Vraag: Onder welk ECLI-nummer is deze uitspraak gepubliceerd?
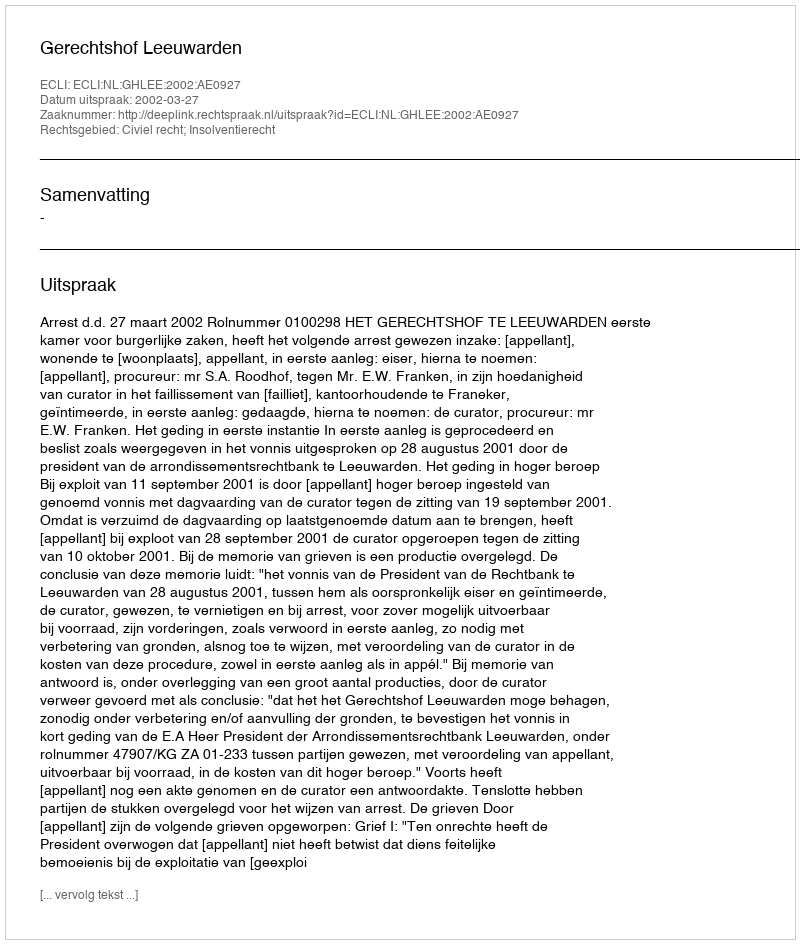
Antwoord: ECLI:NL:GHLEE:2002:AE0927